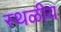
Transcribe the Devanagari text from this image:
स्थळीय